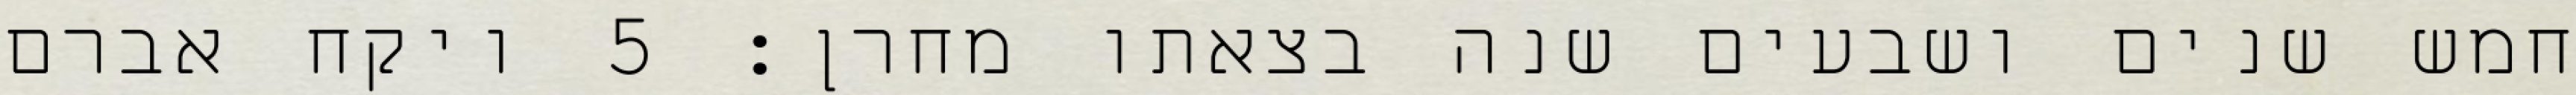
חמש שנים ושבעים שנה בצאתו מחרן׃ ‎5‏ ויקח אברם